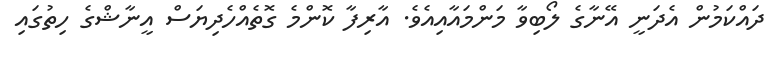
ދައްކަމުން އެދަނީ އޭނާގެ ލޯބިވާ މަންމައާއިއެވެ. އާރިފާ ކޮންމެ ގޮތެއްހެދިޔަސް އީނާޝްގެ ހިތުގައި